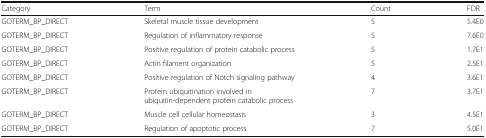
<table><thead><tr><td><b>Category</b></td><td><b>Term</b></td><td><b>Count</b></td><td><b>FDR</b></td></tr></thead><tbody><tr><td>GOTERM_BP_DIRECT</td><td>Skeletal muscle tissue development</td><td>5</td><td>5.4E0</td></tr><tr><td>GOTERM_BP_DIRECT</td><td>Regulation of inflammatory response</td><td>5</td><td>7.6E0</td></tr><tr><td>GOTERM_BP_DIRECT</td><td>Positive regulation of protein catabolic process</td><td>5</td><td>1.7E1</td></tr><tr><td>GOTERM_BP_DIRECT</td><td>Actin filament organization</td><td>5</td><td>2.5E1</td></tr><tr><td>GOTERM_BP_DIRECT</td><td>Positive regulation of Notch signaling pathway</td><td>4</td><td>3.6E1</td></tr><tr><td>GOTERM_BP_DIRECT</td><td>Protein ubiquitination involved in ubiquitin-dependent protein catabolic process</td><td>7</td><td>3.7E1</td></tr><tr><td>GOTERM_BP_DIRECT</td><td>Muscle cell cellular homeostasis</td><td>3</td><td>4.5E1</td></tr><tr><td>GOTERM_BP_DIRECT</td><td>Regulation of apoptotic process</td><td>7</td><td>5.0E1</td></tr></tbody></table>